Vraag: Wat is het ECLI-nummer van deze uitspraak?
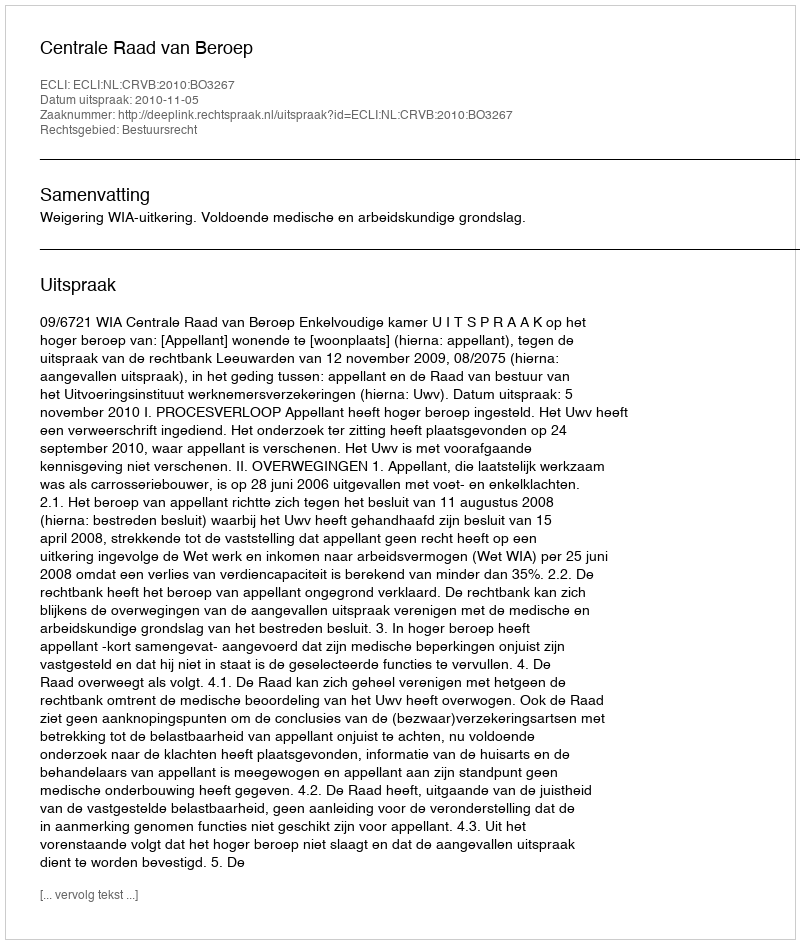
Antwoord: ECLI:NL:CRVB:2010:BO3267